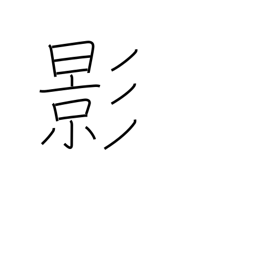
Meaning: shadow